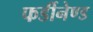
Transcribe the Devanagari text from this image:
फर्डीनेण्ड